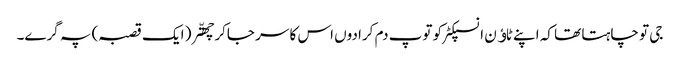
جی تو چاہتا تھا کہ اپنے ٹاﺅن انسپکٹر کو توپ دم کرا دوں اس کا سر جاکر چھتّر( ایک قصبہ) پہ گرے۔